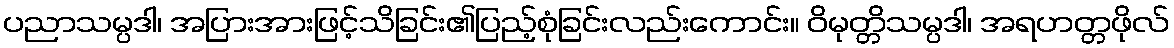
ပညာသမ္ပဒါ၊ အပြားအားဖြင့်သိခြင်း၏ပြည့်စုံခြင်းလည်းကောင်း။ ဝိမုတ္တိသမ္ပဒါ၊ အရဟတ္တဖိုလ်